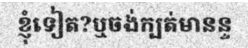
ខ្ញុំទៀត?ឬចង់ក្បត់មានន្ទ